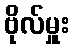
ဗိုလ်မှူး